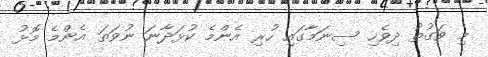
މި ވަގުތު ދިވެހި ސިނަމާގައި ހުރި އެންމެ ކުޅަދާނަ ނުވަތަ އެންމެ މޮޅު